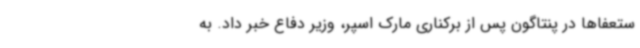
ستعفاها در پنتاگون پس از برکناری مارک اسپر، وزیر دفاع خبر داد. به